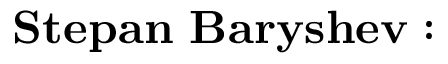
\mathbf { S t e p a n ~ B a r y s h e v : }